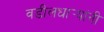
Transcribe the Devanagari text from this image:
वडीलधार्‍यांनी